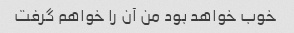
خوب خواهد بود من آن را خواهم گرفت